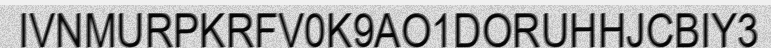
IVNMURPKRFV0K9AO1DORUHHJCBIY3